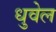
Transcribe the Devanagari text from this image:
धुवेल